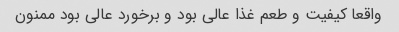
واقعا کیفیت و طعم غذا عالی بود و برخورد عالی بود ممنون